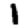
Digit: 1